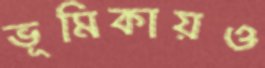
ভূমিকায়ও